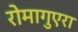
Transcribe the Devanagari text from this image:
रोमागुएरा